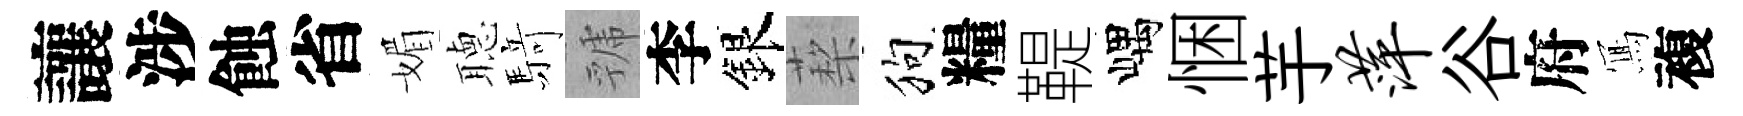
讓涉蝕省媚𦗟𮪍虢李銀蔾狗糧鞮嵎悃芋萍谷府𭂁複